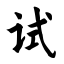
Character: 试